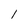
Character: I